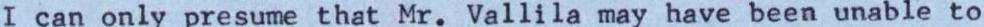
I can only presume that Mr. Vallila may have been unable to